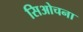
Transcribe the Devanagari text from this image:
सिओचना